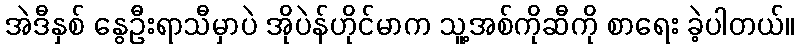
အဲဒီနှစ် နွေဦးရာသီမှာပဲ အိုပဲန်ဟိုင်မာက သူ့အစ်ကိုဆီကို စာရေး ခဲ့ပါတယ်။